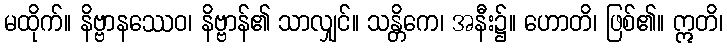
မထိုက်။ နိဗ္ဗာနဿေဝ၊ နိဗ္ဗာန်၏ သာလျှင်။ သန္တိကေ၊ အနီး၌။ ဟောတိ၊ ဖြစ်၏။ ဣတိ၊